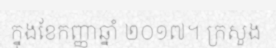
ក្នុងខែកញ្ញាឆ្នាំ ២០១៧។ ក្រសួង